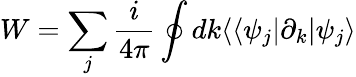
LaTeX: W=\sum_{j}\frac{i}{4\pi}\oint dk\langle\langle\psi_{j}|\partial_{k}|\psi_{j}\rangle